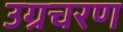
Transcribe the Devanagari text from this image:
उग्रचरण